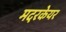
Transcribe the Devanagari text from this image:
मदरकेयर